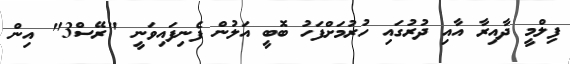
ފިލްމީ ދާއިރާ އާއި ދުރުގައި ހުރުމަށްފަހު ބޮބީ އަލުން ފެނިފައިވަނީ "ރޭސް3" އިން